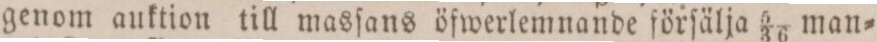
genom auktion till masſans öfwerlemnande förſälja 5/36 man=